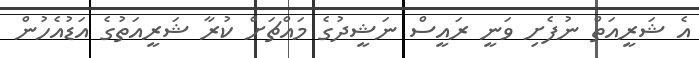
އެ ޝަރީއަތް ނުފެށި ވަނީ ރައީސް ނަޝީދުގެ މައްޗަށް ކުރާ ޝަރީއަތުގެ އަޑުއެހުން